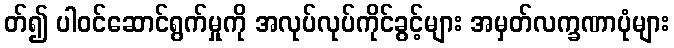
တ်၍ ပါဝင်ဆောင်ရွက်မှုကို အလုပ်လုပ်ကိုင်ခွင့်များ အမှတ်လက္ခဏာပုံများ